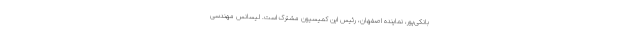
بانکی‌پور، نماینده اصفهان، رئیس این کمیسیون مشترک است. لیسانس مهندسی